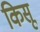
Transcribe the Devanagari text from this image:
किसू